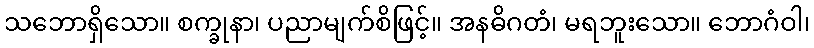
သဘောရှိသော။ စက္ခုနာ၊ ပညာမျက်စိဖြင့်။ အနဓိဂတံ၊ မရဘူးသော။ ဘောဂံဝါ၊